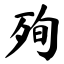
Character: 殉